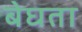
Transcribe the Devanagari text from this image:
बेघता